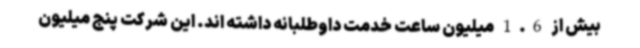
بیش از 1.6 میلیون ساعت خدمت داوطلبانه داشته اند. این شرکت پنج میلیون